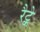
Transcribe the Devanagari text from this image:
रैट्के